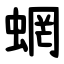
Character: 蝄